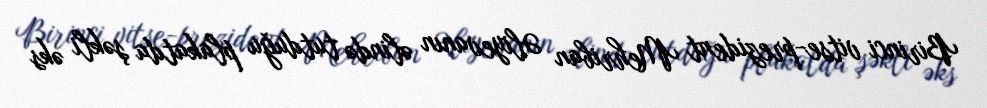
Birinci vitse-prezident Mehriban Əliyevanın əlində tutduğu plakatda şəkli əks